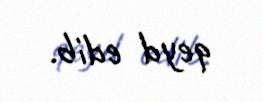
qeyd edib.